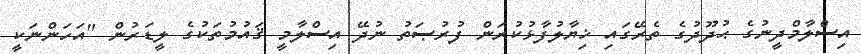
އިސްލާމްދީނުގެ ޙުދޫދުގެ ތެރޭގައި ޚިޔާލުފާޅުކުރަން ފުރުޞަތު ނުދޭ އިސްލާމީ ޤައުމުތަކުގެ ލީޑަރުން "އަހަންނަކީ